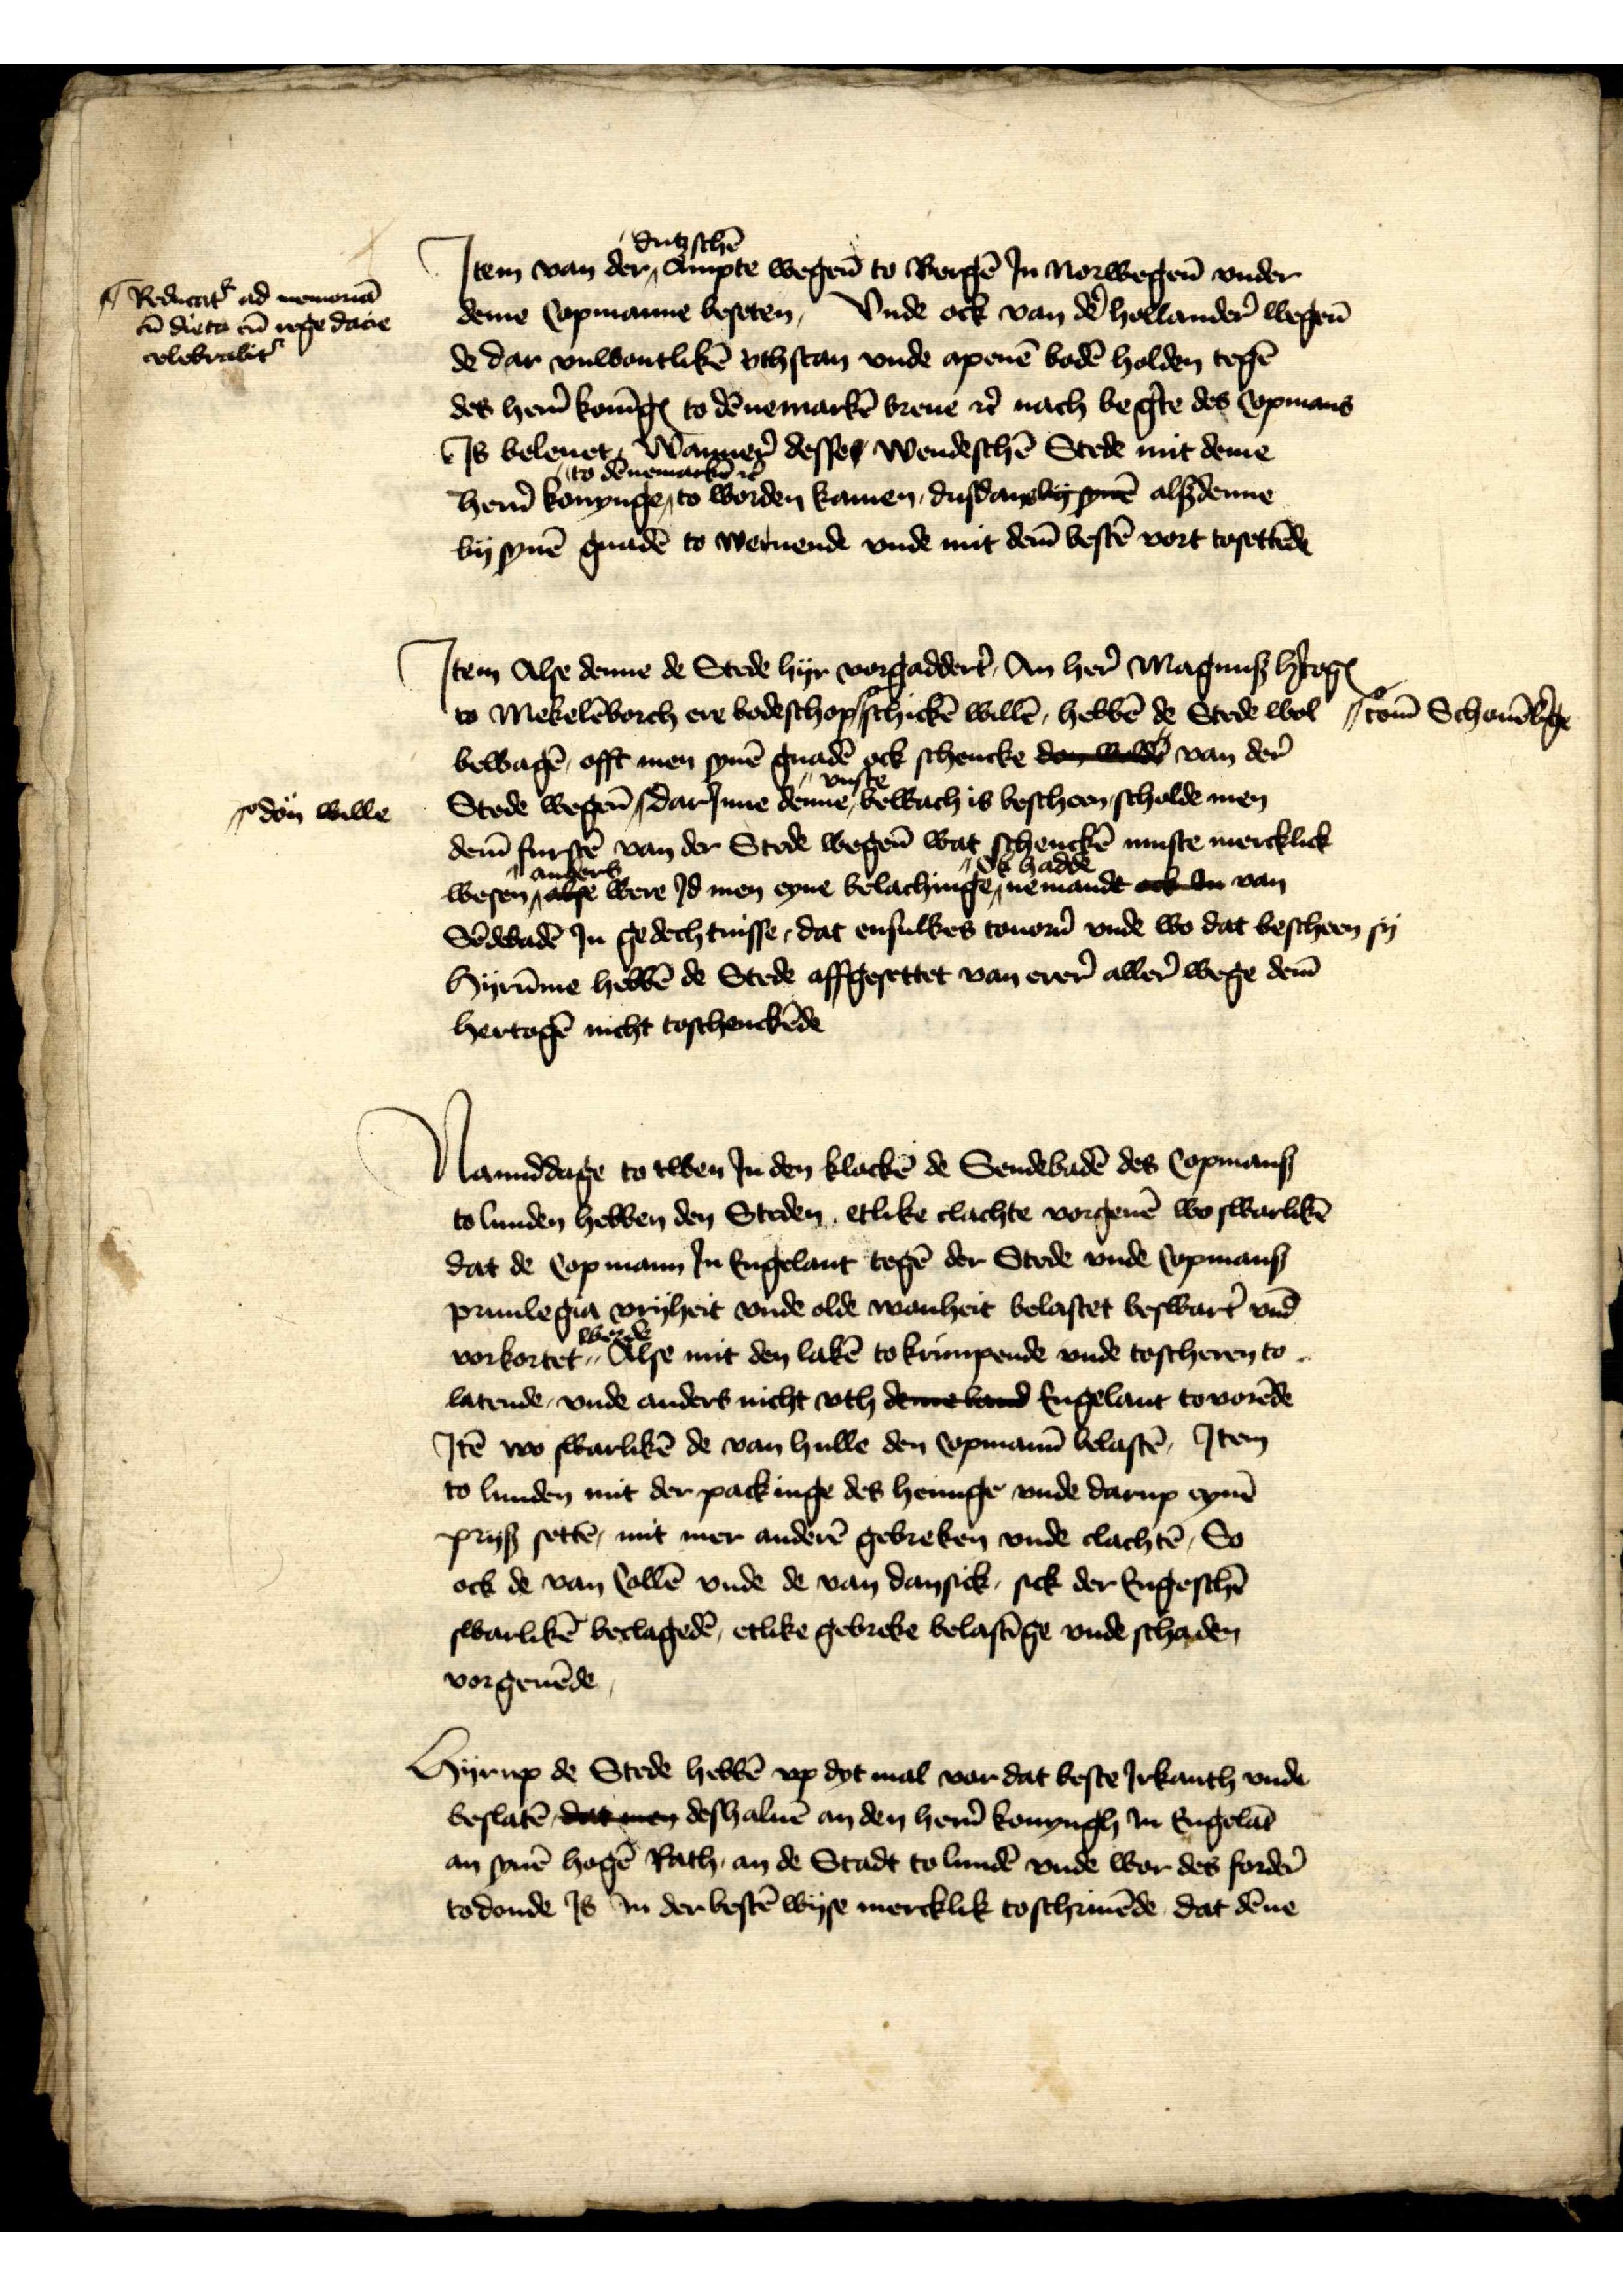
Redicat ad memoriā
en dicta en noge dacie
celebradet

Jtem van der dutzschē Ampte wegen̄ to Bergē Jn Norwegen̄ vnder
deme Copmanne beseten, Vnde ock van dē hollander̉ wegenē
de dar vnwontlikē vthstan vnde apenē bodē holden tegē
des her̉n konīge to dēnemarkē breue et̉ nach beg̉te des Copmans
Js beleuet Wanner̉ desses wendeschē Stede mit deme
her̉n konynge to dēnemarkē et̉ to worden kamen, dusdans by syne alsdenne
by synē gnadē to weruende vnde mit dem̄ bestē vort tosetēde

Jtem Alse denne de Stede hyr vorgaddert̉, An her̉ Magnus H̉togꝬ
to Mekelēborch ere bodeschop ||o- schickē willē, hebbē de Stede wol
bewagē, offt men synē gnadē ock schencke do welde van der̉
Stede wegen ||o darJnne denne vuste bewach is bescheen scholde men
dem̄ furstē van der Stede wegen̄ wat schenckē muste mercklick
wesente anders alse were Jd men eyne belachinge ok hadde nemandt ok dn van
Sēdebadē Jn gedechtnisse, dat ensulkes touor̉n vnde wo dat bescheen sy
Hyrūme hebbē de Stede affgesettet van erer aller wege dem̄
hertogē nicht toschenckēde

||o- tom̄ Schauōlīge

||o don wille

Namiddage to twen Jn den klockē de Sendebadē des Copmans
to Lunden hebben den Steden etlike clachte vorgeuē wo swarlikē
dat de Copmann Jn Engelant tegē der Stede vnde Copmans
priuilegia vryheit vnde olde wonheit belastet beswart̉ vnd
vorkorte werde Alse mit den lakē to krimpende vnde toscheren to
latende, vnde anders nicht vth deme band Engelant tovorēde
Jtē wo swarlikē de van hulle den Copmann belastē, Jtem
to Lunden mit der packinge des heringe vnde darup eynen
prys settē, mit mer anderē gebreken vnde clachtē, So
ock de van Collē vnde de van Dansick, sick der Engeschē
swarlikē beclagedē, etlike gebreke belastīge vnde schaden
vorgeuēde

Hyrup de Stede hebbē vp dyt mal vor dat beste Jrkanth vnde
beslatē, dat men deshaluē an den her̉n konyngh Jn Engelāt
an synē hogē Rath an de Stadt to Lundē vnde wor des forder̉
todonde Js Jn der bestē wyse mercklik toschriuēde dat dēne